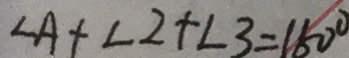
\angle A + \angle 2 + \angle 3 = 1 5 0 ^ { \circ }